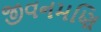
જીવનમણિ